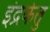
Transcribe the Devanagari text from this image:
इंद्रकेतु